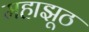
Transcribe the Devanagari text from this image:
महाझूठ